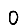
Digit: 0